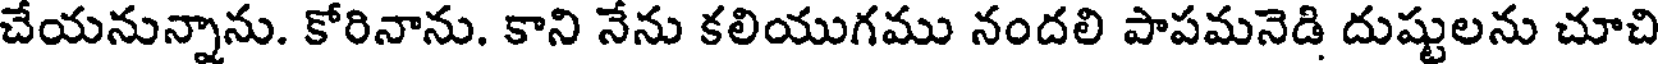
చేయనున్నాను. కోరినాను. కాని నేను కలియుగము నందలి పాపమనెడి దుష్టులను చూచి